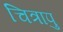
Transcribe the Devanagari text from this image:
चित्रापु